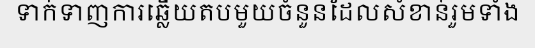
ទាក់ទាញការឆ្លើយតបមួយចំនួនដែលសំខាន់រួមទាំង